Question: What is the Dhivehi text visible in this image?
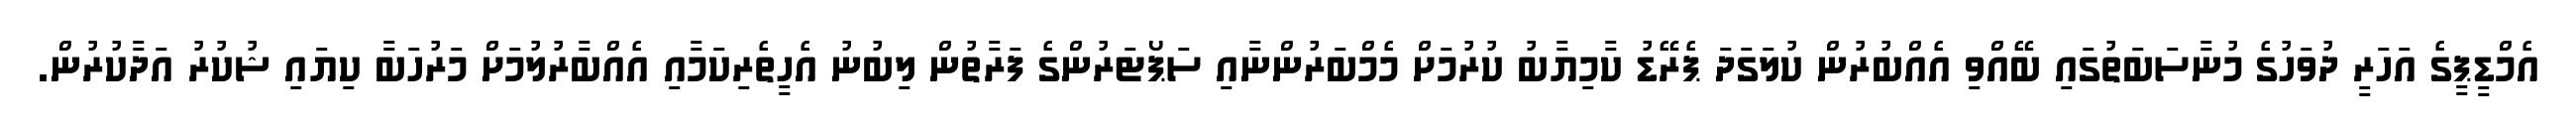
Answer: އެމްޑީޕީގެ އަހަރީ ދުވަހުގެ މުނާސަބަތުގައި ބޭއްވި އެއްބުރުން ކުލަގަދަ ޕެރޭޑު ކާމިޔާބު ކުރުމަށް މެމްބަރުންނާއި ސަޕޯޓަރުންގެ ފަރާތުން ލިބުނު އެހީތެރިކަމާއި އެއްބާރުލުމަށް މަރުހަބާ ކިޔައި ޝުކުރު އަދާކުރުން.